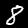
Label: 8